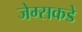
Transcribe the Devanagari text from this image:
जेम्सकडे